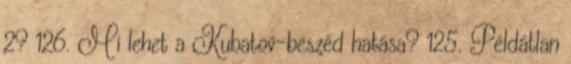
2? 126. Mi lehet a Kubatov-beszéd hatása? 125. Példátlan